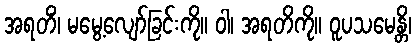
အရတိံ၊ မမွေ့လျော်ခြင်းကို။ ဝါ၊ အရတိကို။ ဝူပသမေန္တိ၊